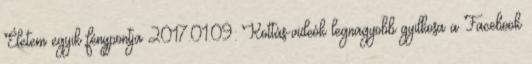
Életem egyik fénypontja 2017.01.09: Kottás-videók legnagyobb gyilkosa a Facebook